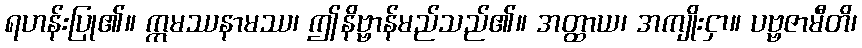
ရဟန်းပြု၏။ ဣမဿနာမဿ၊ ဤနိဗ္ဗာန်မည်သည်၏။ အတ္ထာယ၊ အကျိုးငှာ။ ပဗ္ဗဇာမီတိ၊